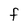
Character: F